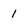
Character: l